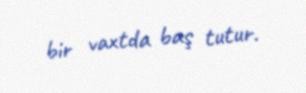
bir vaxtda baş tutur.